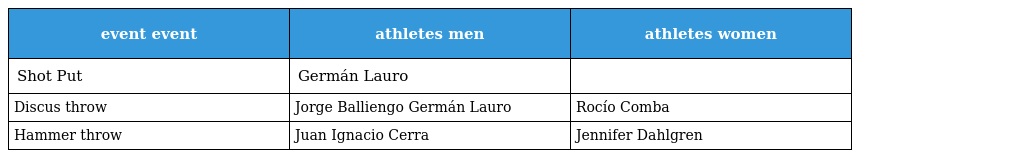
| event event | athletes men | athletes women |
 | --- | --- | --- |
 | Shot Put | Germán Lauro |  |
 | Discus throw | Jorge Balliengo Germán Lauro | Rocío Comba |
 | Hammer throw | Juan Ignacio Cerra | Jennifer Dahlgren |